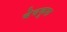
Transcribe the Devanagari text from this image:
बेबकूफ